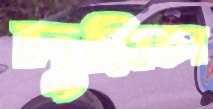
দুরিচা